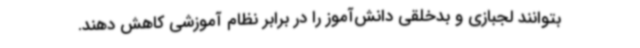
بتوانند لجبازی و بدخلقی دانش‌آموز را در برابر نظام آموزشی کاهش دهند.